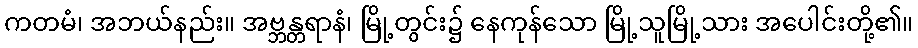
ကတမံ၊ အဘယ်နည်း။ အဗ္ဘန္တရာနံ၊ မြို့တွင်း၌ နေကုန်သော မြို့သူမြို့သား အပေါင်းတို့၏။